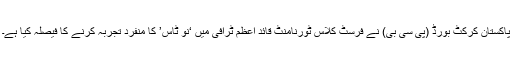
پاکستان کرکٹ بورڈ (پی سی بی) نے فرسٹ کلاس ٹورنامنٹ قائد اعظم ٹرافی میں ‘نو ٹاس’ کا منفرد تجربہ کرنے کا فیصلہ کیا ہے۔